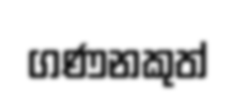
ගණනකුත්